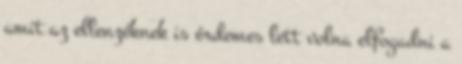
amit az ellenzéknek is érdemes lett volna elfogadni a